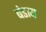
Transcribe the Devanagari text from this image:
बंडाय